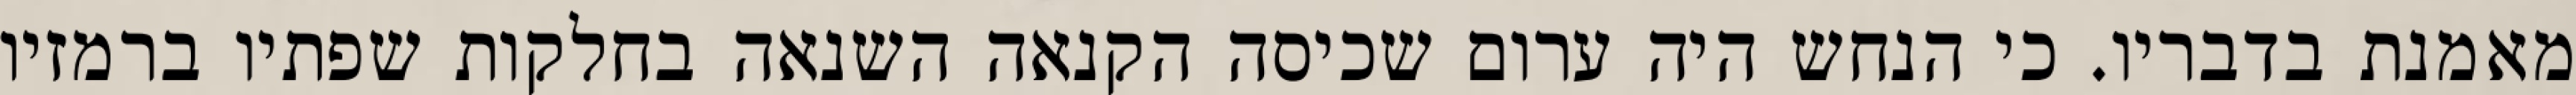
מאמנת בדבריו. כי הנחש היה ערום שכיסה הקנאה השנאה בחלקות שפתיו ברמזיו